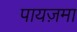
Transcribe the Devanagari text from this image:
पायज़मा